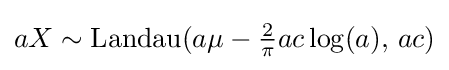
aX\sim {\textrm {Landau}}(a\mu -{\tfrac {2}{\pi }}ac\log(a),\,ac)